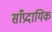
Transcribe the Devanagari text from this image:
साँप्रदायिक